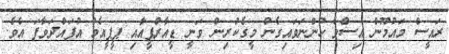
ރައީސް މައުމޫން އިސްވެ ހުންނަވައިގެން މީގެކުރިން ވަނީ ޑީއާރްޕީއާއި ޕީޕީއެމް އުފައްދަވާފަ އެވެ.